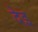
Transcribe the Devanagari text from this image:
देइ